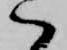
ハ